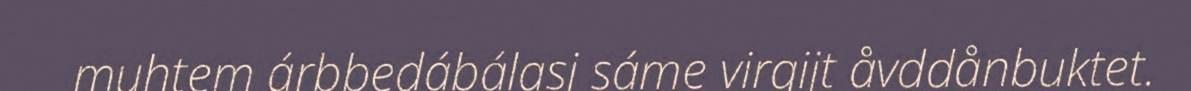
muhtem árbbedábálasj sáme virgijt åvddånbuktet.